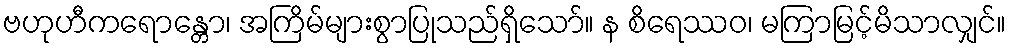
ဗဟုဟီကရောန္တော၊ အကြိမ်များစွာပြုသည်ရှိသော်။ န စိရေဿဝ၊ မကြာမြင့်မိသာလျှင်။